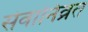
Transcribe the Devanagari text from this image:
सेवानिव्रत